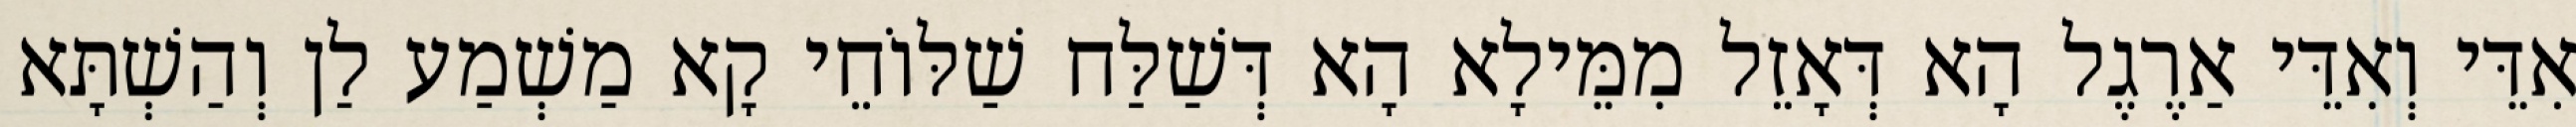
אִדֵּי וְאִדֵּי אַרֶגֶל הָא דְּאָזֵל מִמֵּילָא הָא דְּשַׁלַּח שַׁלּוֹחֵי קָא מַשְׁמַע לַן וְהַשְׁתָּא